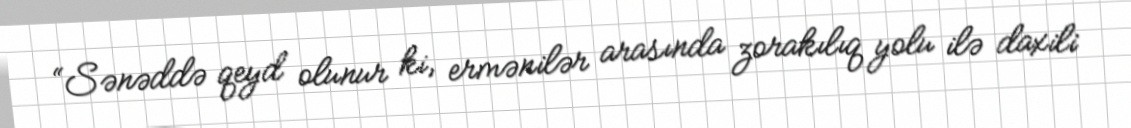
“Sənəddə qeyd olunur ki, ermənilər arasında zorakılıq yolu ilə daxili